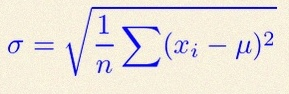
\sigma=\sqrt{\frac1n\sum(x_i-\mu)^2}